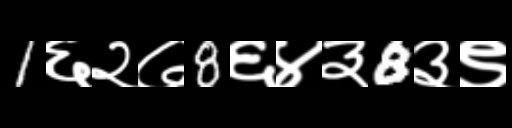
Text: 1६२७8६४३8३९